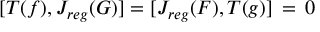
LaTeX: [ { \cal T } ( f ) , { \cal J } _ { r e g } ( G ) ] = [ { \cal J } _ { r e g } ( F ) , { \cal T } ( g ) ] \, = \, 0